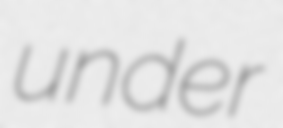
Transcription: under